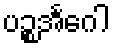
ပဉ္စအင်္ဂေါ